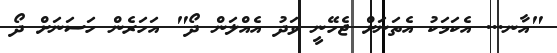
"އާނ... އެކަމަކު އެތަނަށް ޖެހޭނީ ވަދު އެއްލަން ދޯ" އަހަރެން ހަސަނަށް ދޯ